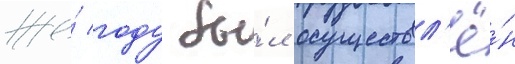
же́ году бы́л осуществл'ё́н